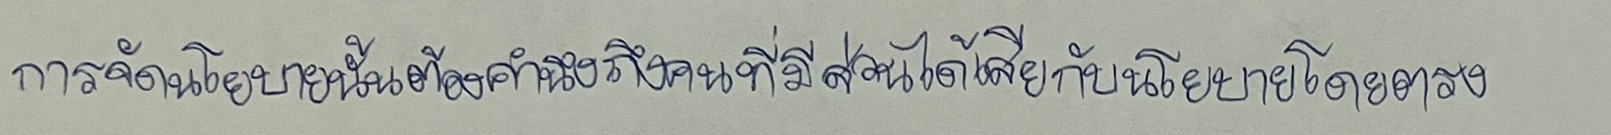
การจัดนโยบายนั้นต้องคำนึงถึงคนที่มีส่วนได้เสียกับนโยบายโดยตรง